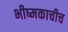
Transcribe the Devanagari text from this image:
भीष्मकाचीच